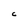
Character: C